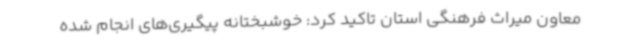
معاون میراث فرهنگی استان تاکید کرد: خوشبختانه پیگیری‌های انجام شده